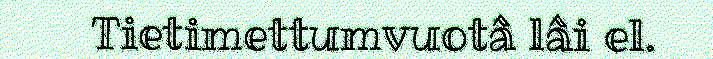
Tietimettumvuotâ lâi el.